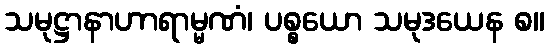
သမုဋ္ဌာနာဟာရာမ္မဏံ၊ ပစ္စယော သမုဒယေန စ။